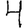
Digit: 4